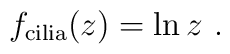
f_{{\rm cilia}}(z)=\ln z\ .